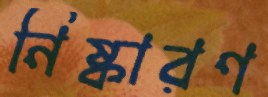
নিষ্কারণ